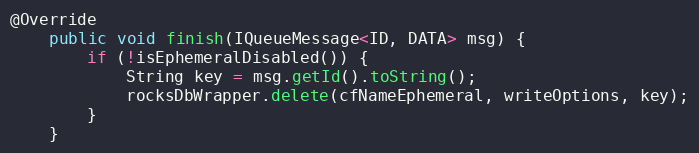
Language: Java
@Override
    public void finish(IQueueMessage<ID, DATA> msg) {
        if (!isEphemeralDisabled()) {
            String key = msg.getId().toString();
            rocksDbWrapper.delete(cfNameEphemeral, writeOptions, key);
        }
    }